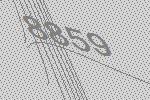
8859